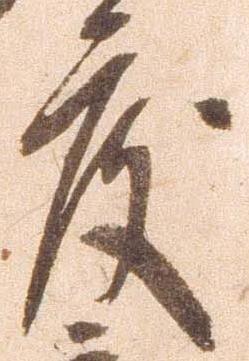
度